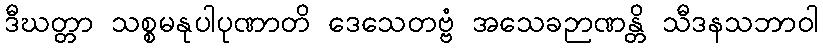
ဒီဃတ္တာ သစ္စမနုပါပုဏာတိ ဒေသေတဗ္ဗံ အသေခဉာဏန္တိ သီဒနသဘာဝါ